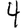
Digit: 4